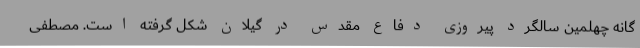
گانه چهلمین سالگرد پیروزی دفاع مقدس در گیلان شکل گرفته است. مصطفی